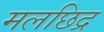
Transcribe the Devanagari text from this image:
मलछिद्र